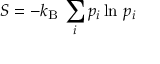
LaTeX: S = - k _ { \mathrm { B } } \, \sum _ { i } p _ { i } \ln \, p _ { i }